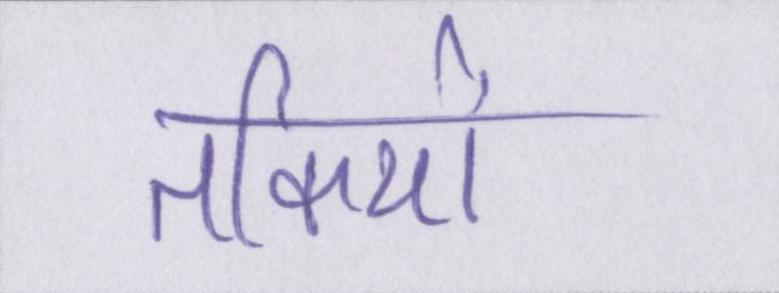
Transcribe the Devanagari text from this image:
तकियों